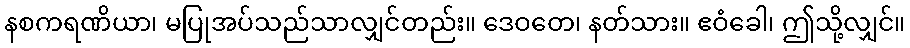
နစကရဏိယာ၊ မပြုအပ်သည်သာလျှင်တည်း။ ဒေဝတေ၊ နတ်သား။ ဧဝံခေါ၊ ဤသို့လျှင်။